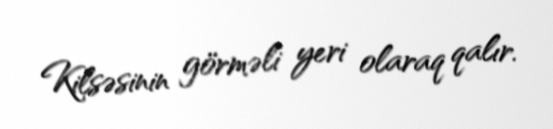
Kilsəsinin görməli yeri olaraq qalır.